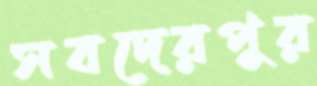
সবদেরপুর